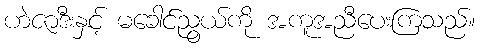
ဟဲဇာဒီးနှင့် မခေါင်ညွယ်ကို အကူအညီပေးကြသည်။